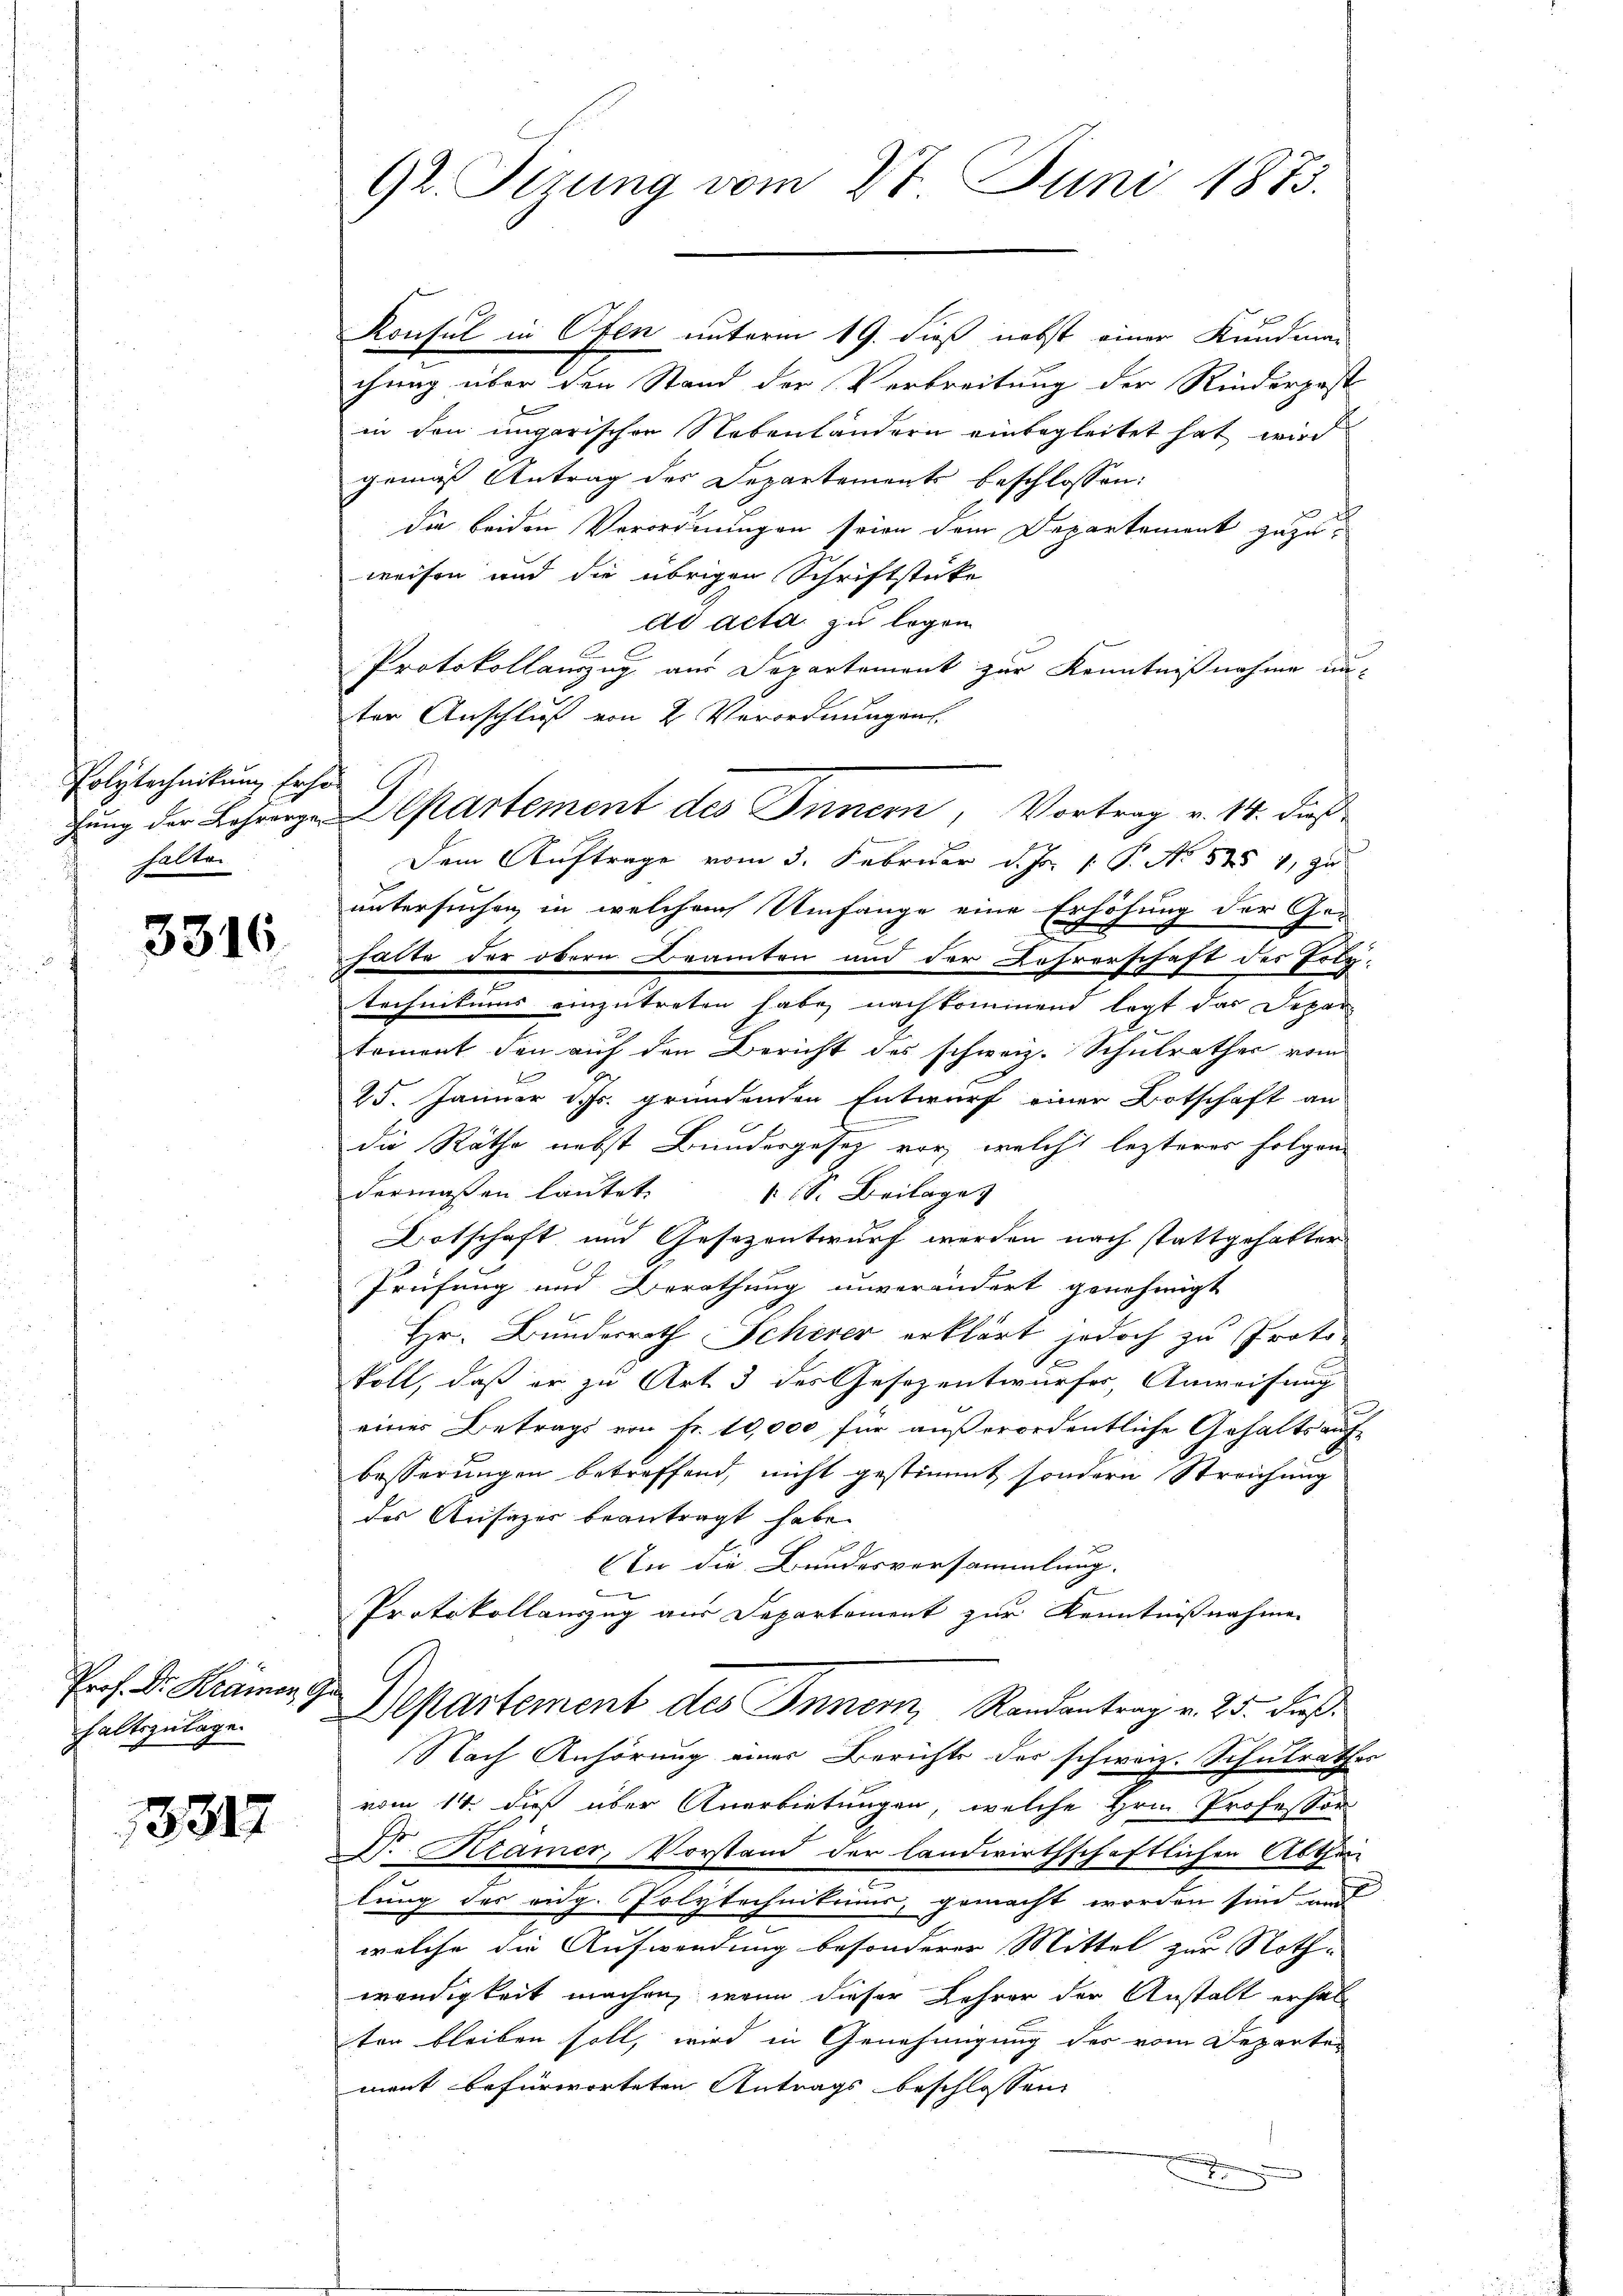
Polytechnikung fahr
halten

3316.

Prof. Dr. Krämere
haltszulage

13317

92. Tizung vom 27. Juni 1873.

Konsul in Ofen unterm 19. dieß nebst einer Kundma-
chung über den Stand der Verbreitung der Rinderpost
in den ungarischen Nebenländern einbegleitet hat wird
gemäß Antrag des Departements beschlossen:
die beiden Verordnungen seien dem Departement zuzuweisen und die übrigen Schriftstöcke
ad acta zu legen
Protokollauszug aus Departement zur Kenntnißnahme unter Anschluß von 2. Verordnungen.
fung der Behörige Departement des Innern, Vortrag v. 14. dieß
Dem Auftrage vom 3. Februar d. Js. v. P. No 5254, zu
untersuchen in welchem Umfange eine Erhöhung der Ge¬
.
halte der obern Beamten und der Lehrerschaft des Totatechnikums einzutreten habe, nachkommend legt das Depar
toment den auf den Bericht des schweiz. Schulrathes vom
25. Januar d. Js. gründenden Entwurf einer Botschaft an
die Räthe nebst Bundesgesetz vor, welche lezterer folgen-
dermaßen laŭtet: 1. S. Beilages
Ortschaft und Gesezentwurf werden nach stattgehalter
Prüfung und Berathung unverändert genehmigt
Hr. Bundesrath Scherer erklärt jedoch zu Protokoll, daß er zu Art. 3 des Gesezentwurfes, Anweisung
eines Betrags von Fr. 10,000 für außerordentliche Gehaltsaufbesserungen betreffend, nicht gestimmt sondern Streichung
des Ansazer beantragt habe.
In die Bundesversammlung.
f
Protokollauszug aus Departement zur Kenntnißnahmen
Departement des Inner, Randantrag v. 25. dieß
Nach Anhörung einer Berichts der schweiz. Schulrathes
vom 14. dieß über Anerbietungen, welche Hrn. Professor
D. Kramer, Vorstand der landwirthschaftlichen Abthei
lung des eidg. Polytechnikums, gemacht worden sind und
welche die Aufwendung besonderer Mittel zur Noth-
wendigkeit machen, wenn dieser Lehrer der Anstalt erhal
ten bleiben soll, wird in Genehmigung des vom Departen
mant befürworteten Antrags beschlossen
x